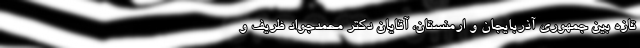
تازه بین جمهوری آذربایجان و ارمنستان، آقایان دکتر محمدجواد ظریف و